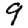
Digit: 9